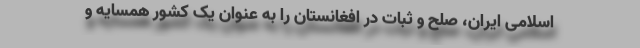
اسلامی ایران، صلح و ثبات در افغانستان را به عنوان یک کشور همسایه و